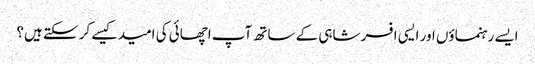
ایسے رہنماؤں اور ایسی افسر شاہی کے ساتھ آپ اچھائی کی امید کیسے کر سکتے ہیں؟